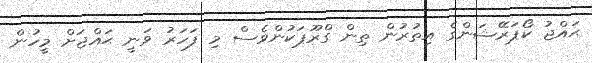
ޙައްޖު ކޯޕަރޭޝަންގެ އިތުރުން ތިން ގްރޫޕަކުންވެސް މި ފަހަރު ވަނީ ޙައްޖަށް މީހުން